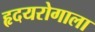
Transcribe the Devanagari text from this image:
हृदयरोगाला